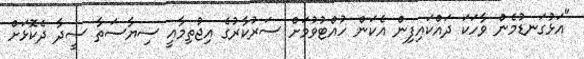
"އަޅުގަނޑުމެން ވާހަކަ ދައްކައިފިން އެކަން ހުއްޓުވުމަށް ސަރުކާރުގެ އިޖުތިމާއީ ސިޔާސަތާ ސީދާ ދެކޮޅަށް